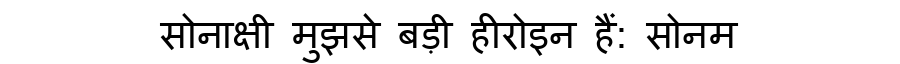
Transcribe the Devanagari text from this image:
सोनाक्षी मुझसे बड़ी हीरोइन हैं: सोनम